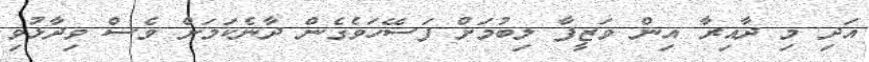
އަދި މި ދާއިރާ އިން ވަޒީފާ ލިބުމަށް ފަސޭހަވެގެން ދާނެކަމަށް ވެސް ވިދާޅުވި